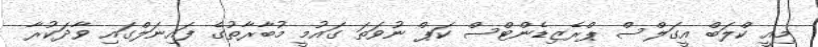
މިއީ ކްލަބް އީގަލްސް ޕްރެޒިޑެންޓްސް ކަޕް ނުވަތަ ގައުމީ މުބާރާތުގެ ފައިނަލްގައި ވާދަކުރާ